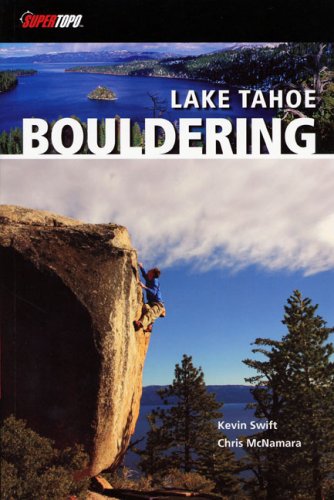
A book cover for Lake Tahoe Bouldering; Kevin Swift; Sports & Outdoors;